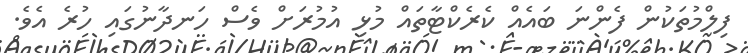
ފިލްމުތަކުން ފެންނަ ބައެއް ކެރެކްޓާތައް މުޅި އުމުރަށް ވެސް ހަނދާނުގައި ހުރެ އެވެ.